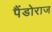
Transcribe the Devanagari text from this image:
पैंडोराज